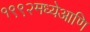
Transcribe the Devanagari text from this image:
१९९२मध्येआणि